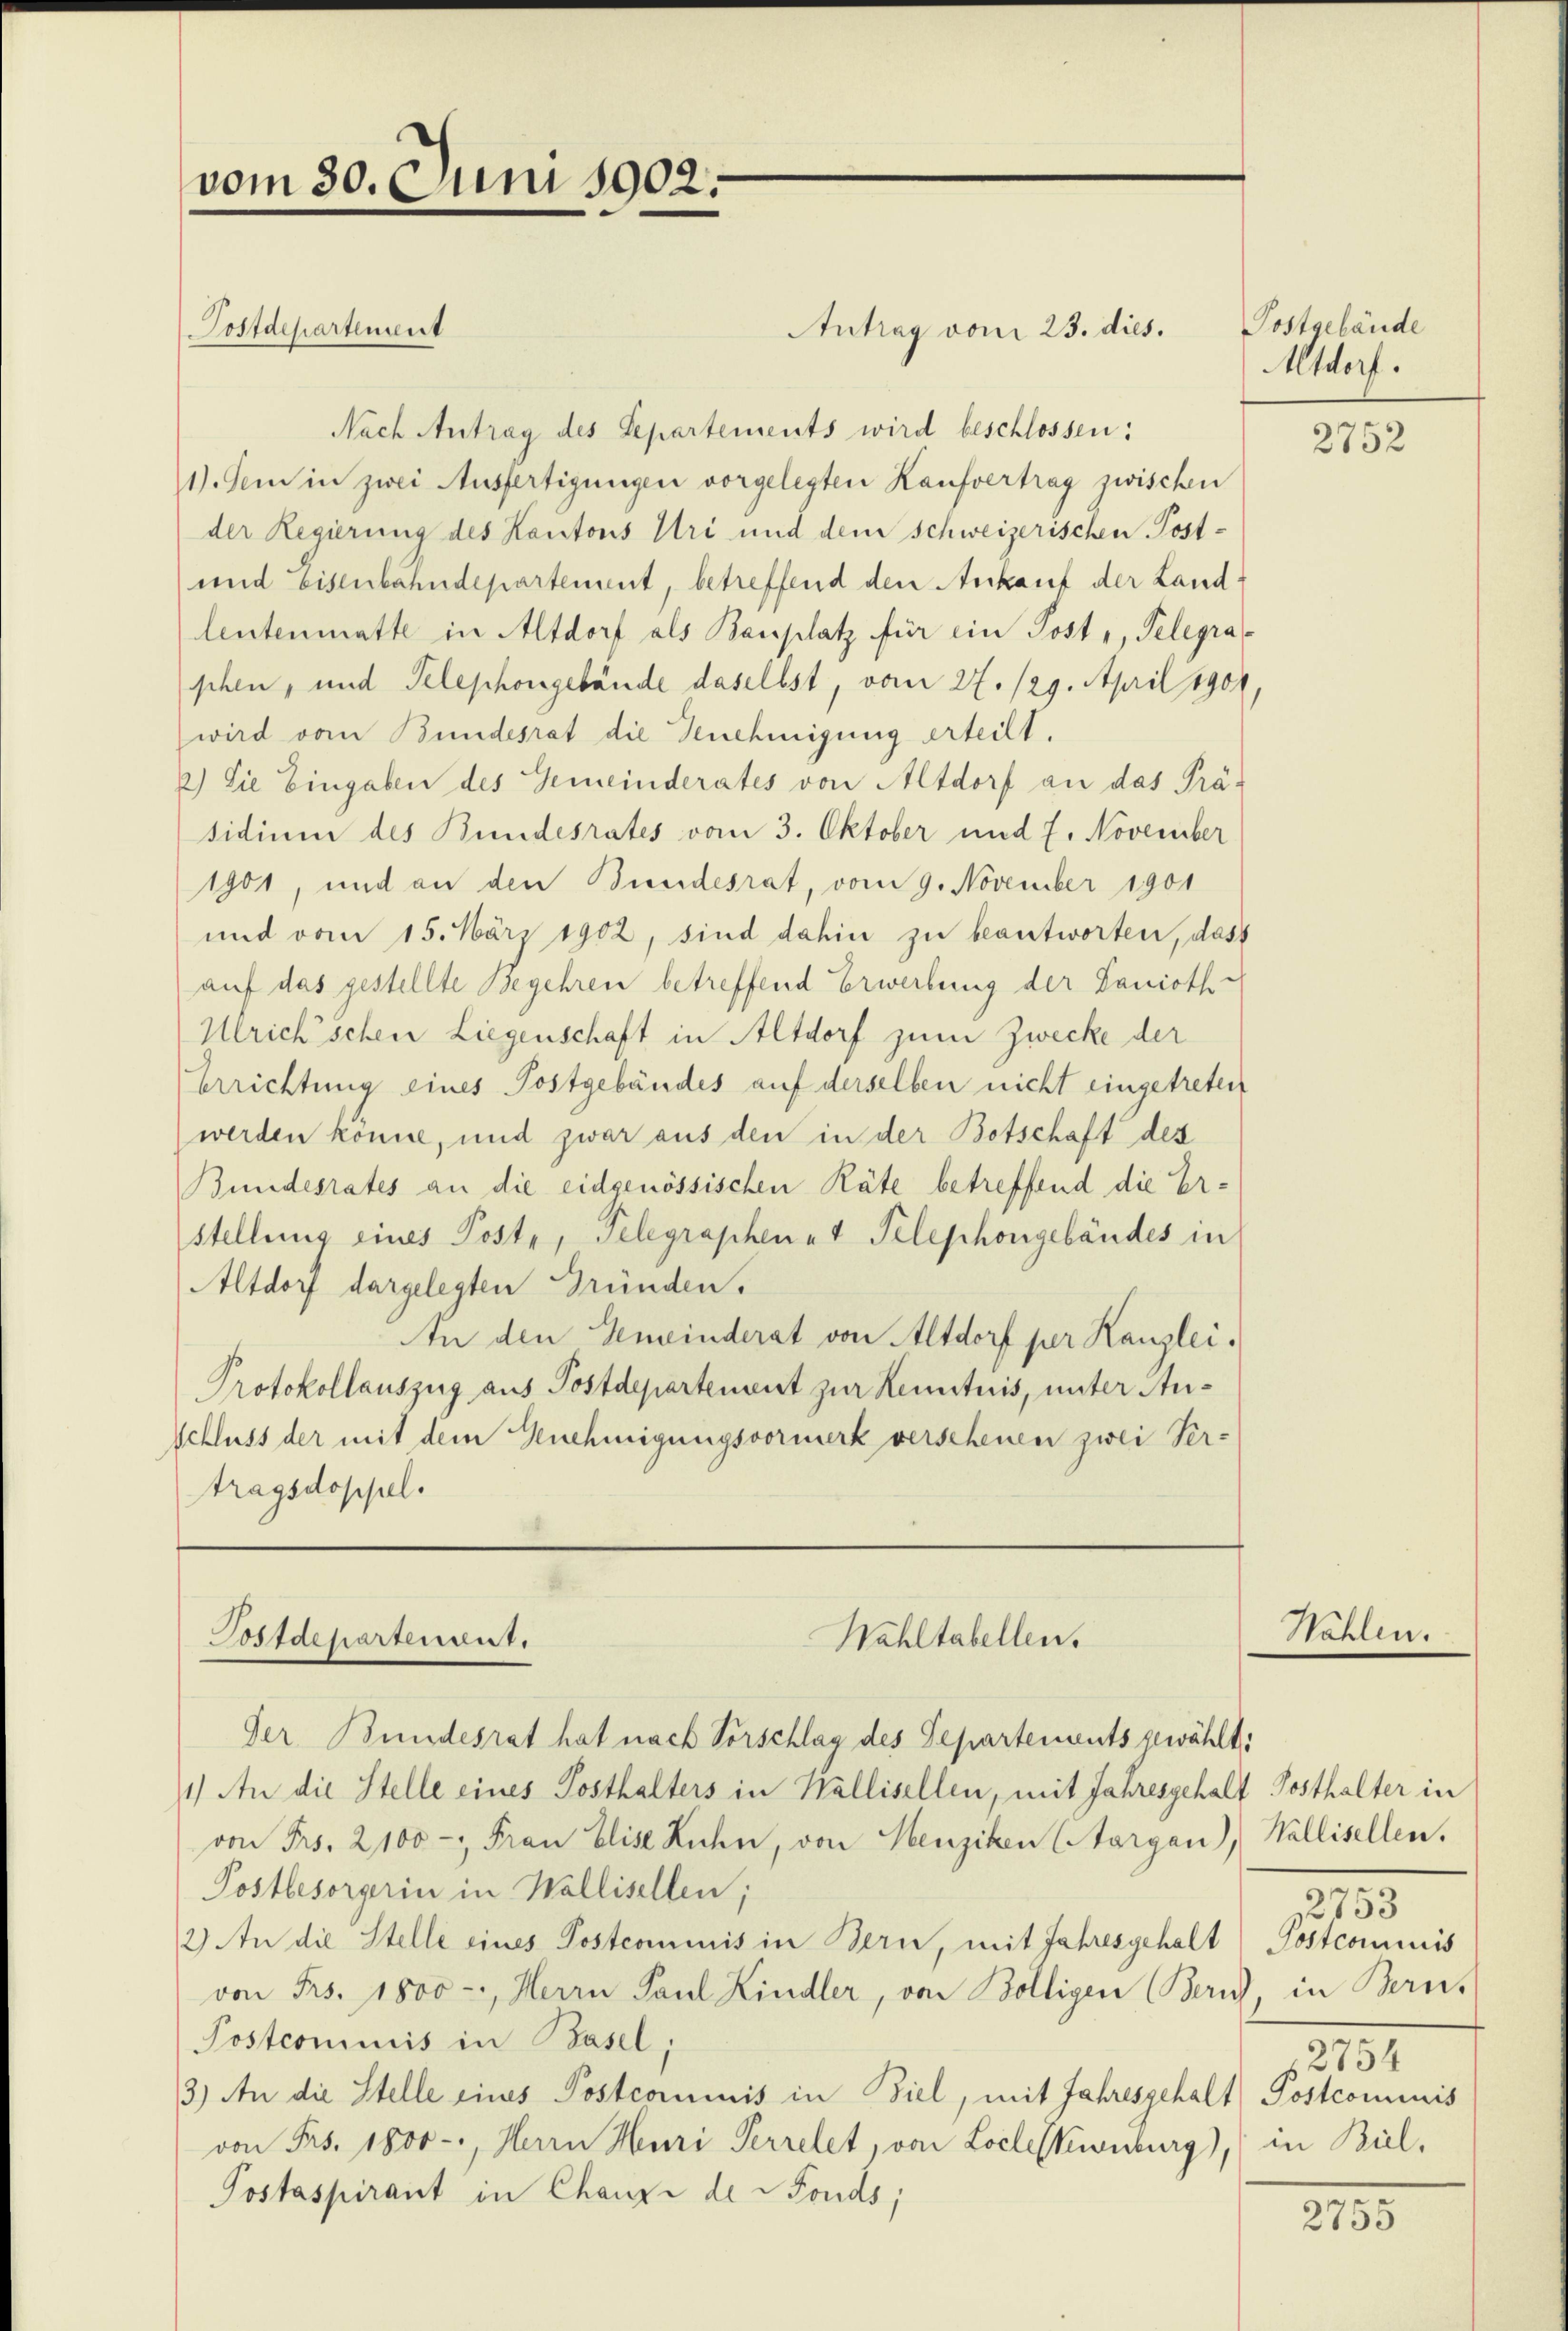
vom 30. Juni 1902.

Postdepartement
Antrag vom 23. dies.
Nach Antrag des Separtements wird beschlossen:
1). Sei in zwei Ausfertigungen vorgelegten Kaufvertrag zwischen
der Regierung des Kantons Uri und dem schweizerischen Post-
und Eisenbahndepartement, betreffend den Ankauf der Landleutenmatte in Altdorf als Bauplatz für ein Post-, Telegraphen, und Telephongebäude daselbst, vom 27./29. April 1901,
wird vom Bundesrat die Genehmigung erteilt.
2.) Sie Eingaben des Gemeinderates von Altdorf an das Prä-
sidium des Bundesrates vom 3. Oktober und 7. November
1901, und an den Bundesrat, vom 9. November 1901
und vom 15. März 1902, sind dahin zu beantworten, dass
auf das gestellte Begehren betreffend Erwerbung der Lanioth
Mrich’schen Liegenschaft in Altdorf zum Zwecke der
Errichtung eines Postgebäudes auf derselben nicht eingetreten
werden könne, und zwar aus den in der Botschaft des
Bundesrates an die eidgenössischen Räte betreffend die Er¬
Stellung eines Poste, Gelegraphen et Pelephongebäudes in
Altdorf dargelegten Gründen.
An den Gemeinderat von Altdorf per Kanzlei.
Protokollauszug aus Postdepartement zur Kenntnis, unter Stu¬
Schluss der mit dem Genehmigungsvormerk verschenen zwei Ver-
tragsdoppel.

Postdepartement.
Wahltabellen.

Der Bundesrat hat nach Vorschlag des Departements gewählt:
1.) An die Stelle eines Posthalters in Wallisellen, mit Jahresgehalt Posthalter in
von Frs. 2100 - Frau Elise Kuhn, von Henzikon Aargau), Wallisellen.
Postbesorgerin in Wallisellen;
2) An die Stelle eines Postcommis in Bern, mit Jahresgehalt Postcommis
von Frs. 1800 -, Herrn Paul Kindler, von Bölligen (Zürich, in Bern,
Postcommis in Basel;
3) An die Stelle eines Postcommis in Biel, mit Jahresgehalt Postcommis
von Frs. 1800.-, Herrn Muri Perrelet, von Locleskenburg), in Biel¬
Postaspirant in Chanze der Fonds;

Postgebäude
Altdorf.

2752

Wählen

2753
2131

2755